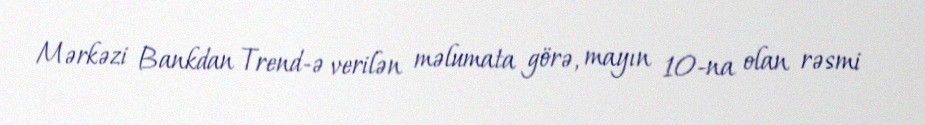
Mərkəzi Bankdan Trend-ə verilən məlumata görə, mayın 10-na olan rəsmi